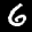
Label: 6